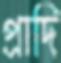
প্রাদি